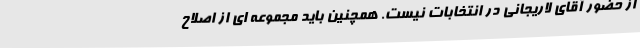
از حضور آقای لاریجانی در انتخابات نیست. همچنین باید مجموعه ای از اصلاح